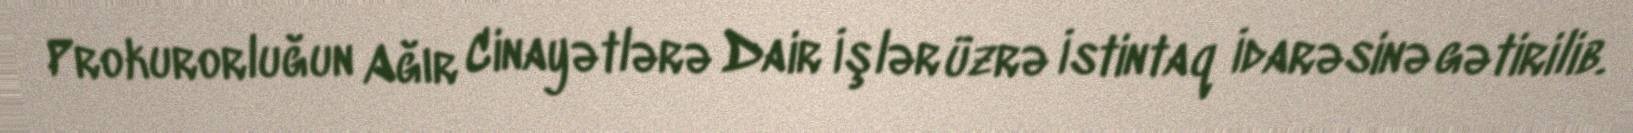
Prokurorluğun Ağır Cinayətlərə Dair İşlər üzrə İstintaq İdarəsinə gətirilib.